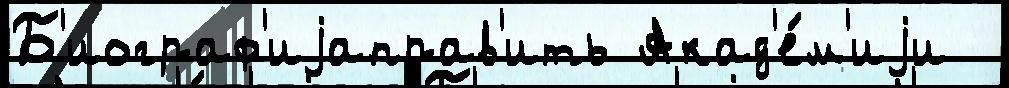
Б'иограф'иjаправ'ить Акад'е́м'иjи